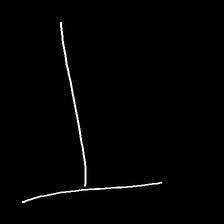
Glyph: column